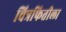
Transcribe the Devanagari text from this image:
चित्रफितीला